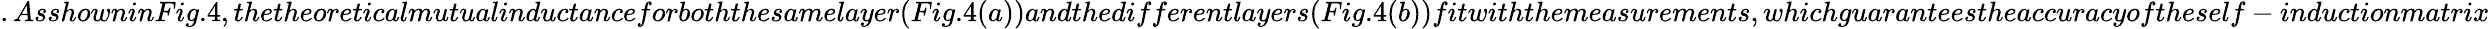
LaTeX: .AsshowninFig.4,thetheoreticalmutualinductanceforboththesamelayer(Fig.4(a))andthedifferentlayers(Fig.4(b))fitwiththemeasurements,whichguaranteestheaccuracyoftheself-inductionmatrix